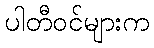
ပါတီဝင်များက